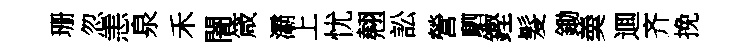
珊忽恚泉禾闇箴灞上忧翹訟營駟鏗髮鋤羮逥齐挽